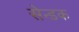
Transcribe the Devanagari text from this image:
सेन्डक